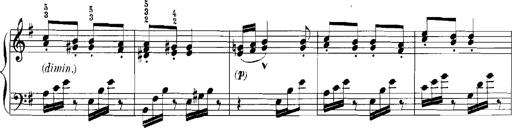
Title: Rhapsodies hongroises
Composer: Franz Liszt